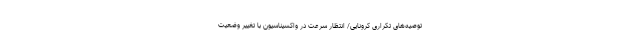
توصیه‌های تکراری کرونایی/ انتظار سرعت در واکسیناسیون با تغییر وضعیت